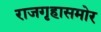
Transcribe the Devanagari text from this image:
राजगृहासमोर